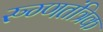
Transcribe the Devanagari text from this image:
रुग्णतंत्रिक